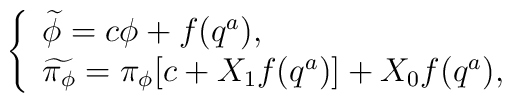
\left\{ \begin{array}{l}\widetilde{\phi} = c \phi + f(q^{a}), \\\widetilde{\pi_{\phi}} = \pi_{\phi} [c + X_{1}f(q^{a})] + X_{0}f(q^{a}) ,\end{array}\right.